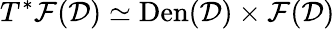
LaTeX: T^{*}\mathcal{F}(\mathcal{D})\simeq\textrm{Den}(\mathcal{D})\times\mathcal{F}(\mathcal{D})